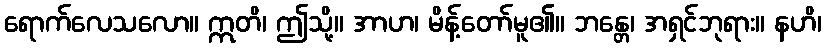
ရောက်လေသလော။ ဣတိ၊ ဤသို့။ အာဟ၊ မိန့်တော်မူ၏။ ဘန္တေ၊ အရှင်ဘုရား။ နဟိ၊